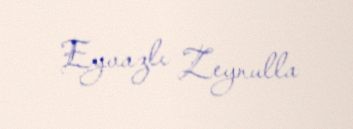
Eyvazlı Zeynulla